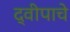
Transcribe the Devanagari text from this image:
द्वीपाचे